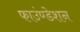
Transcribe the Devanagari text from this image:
फाउंण्डेशन